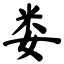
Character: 娄